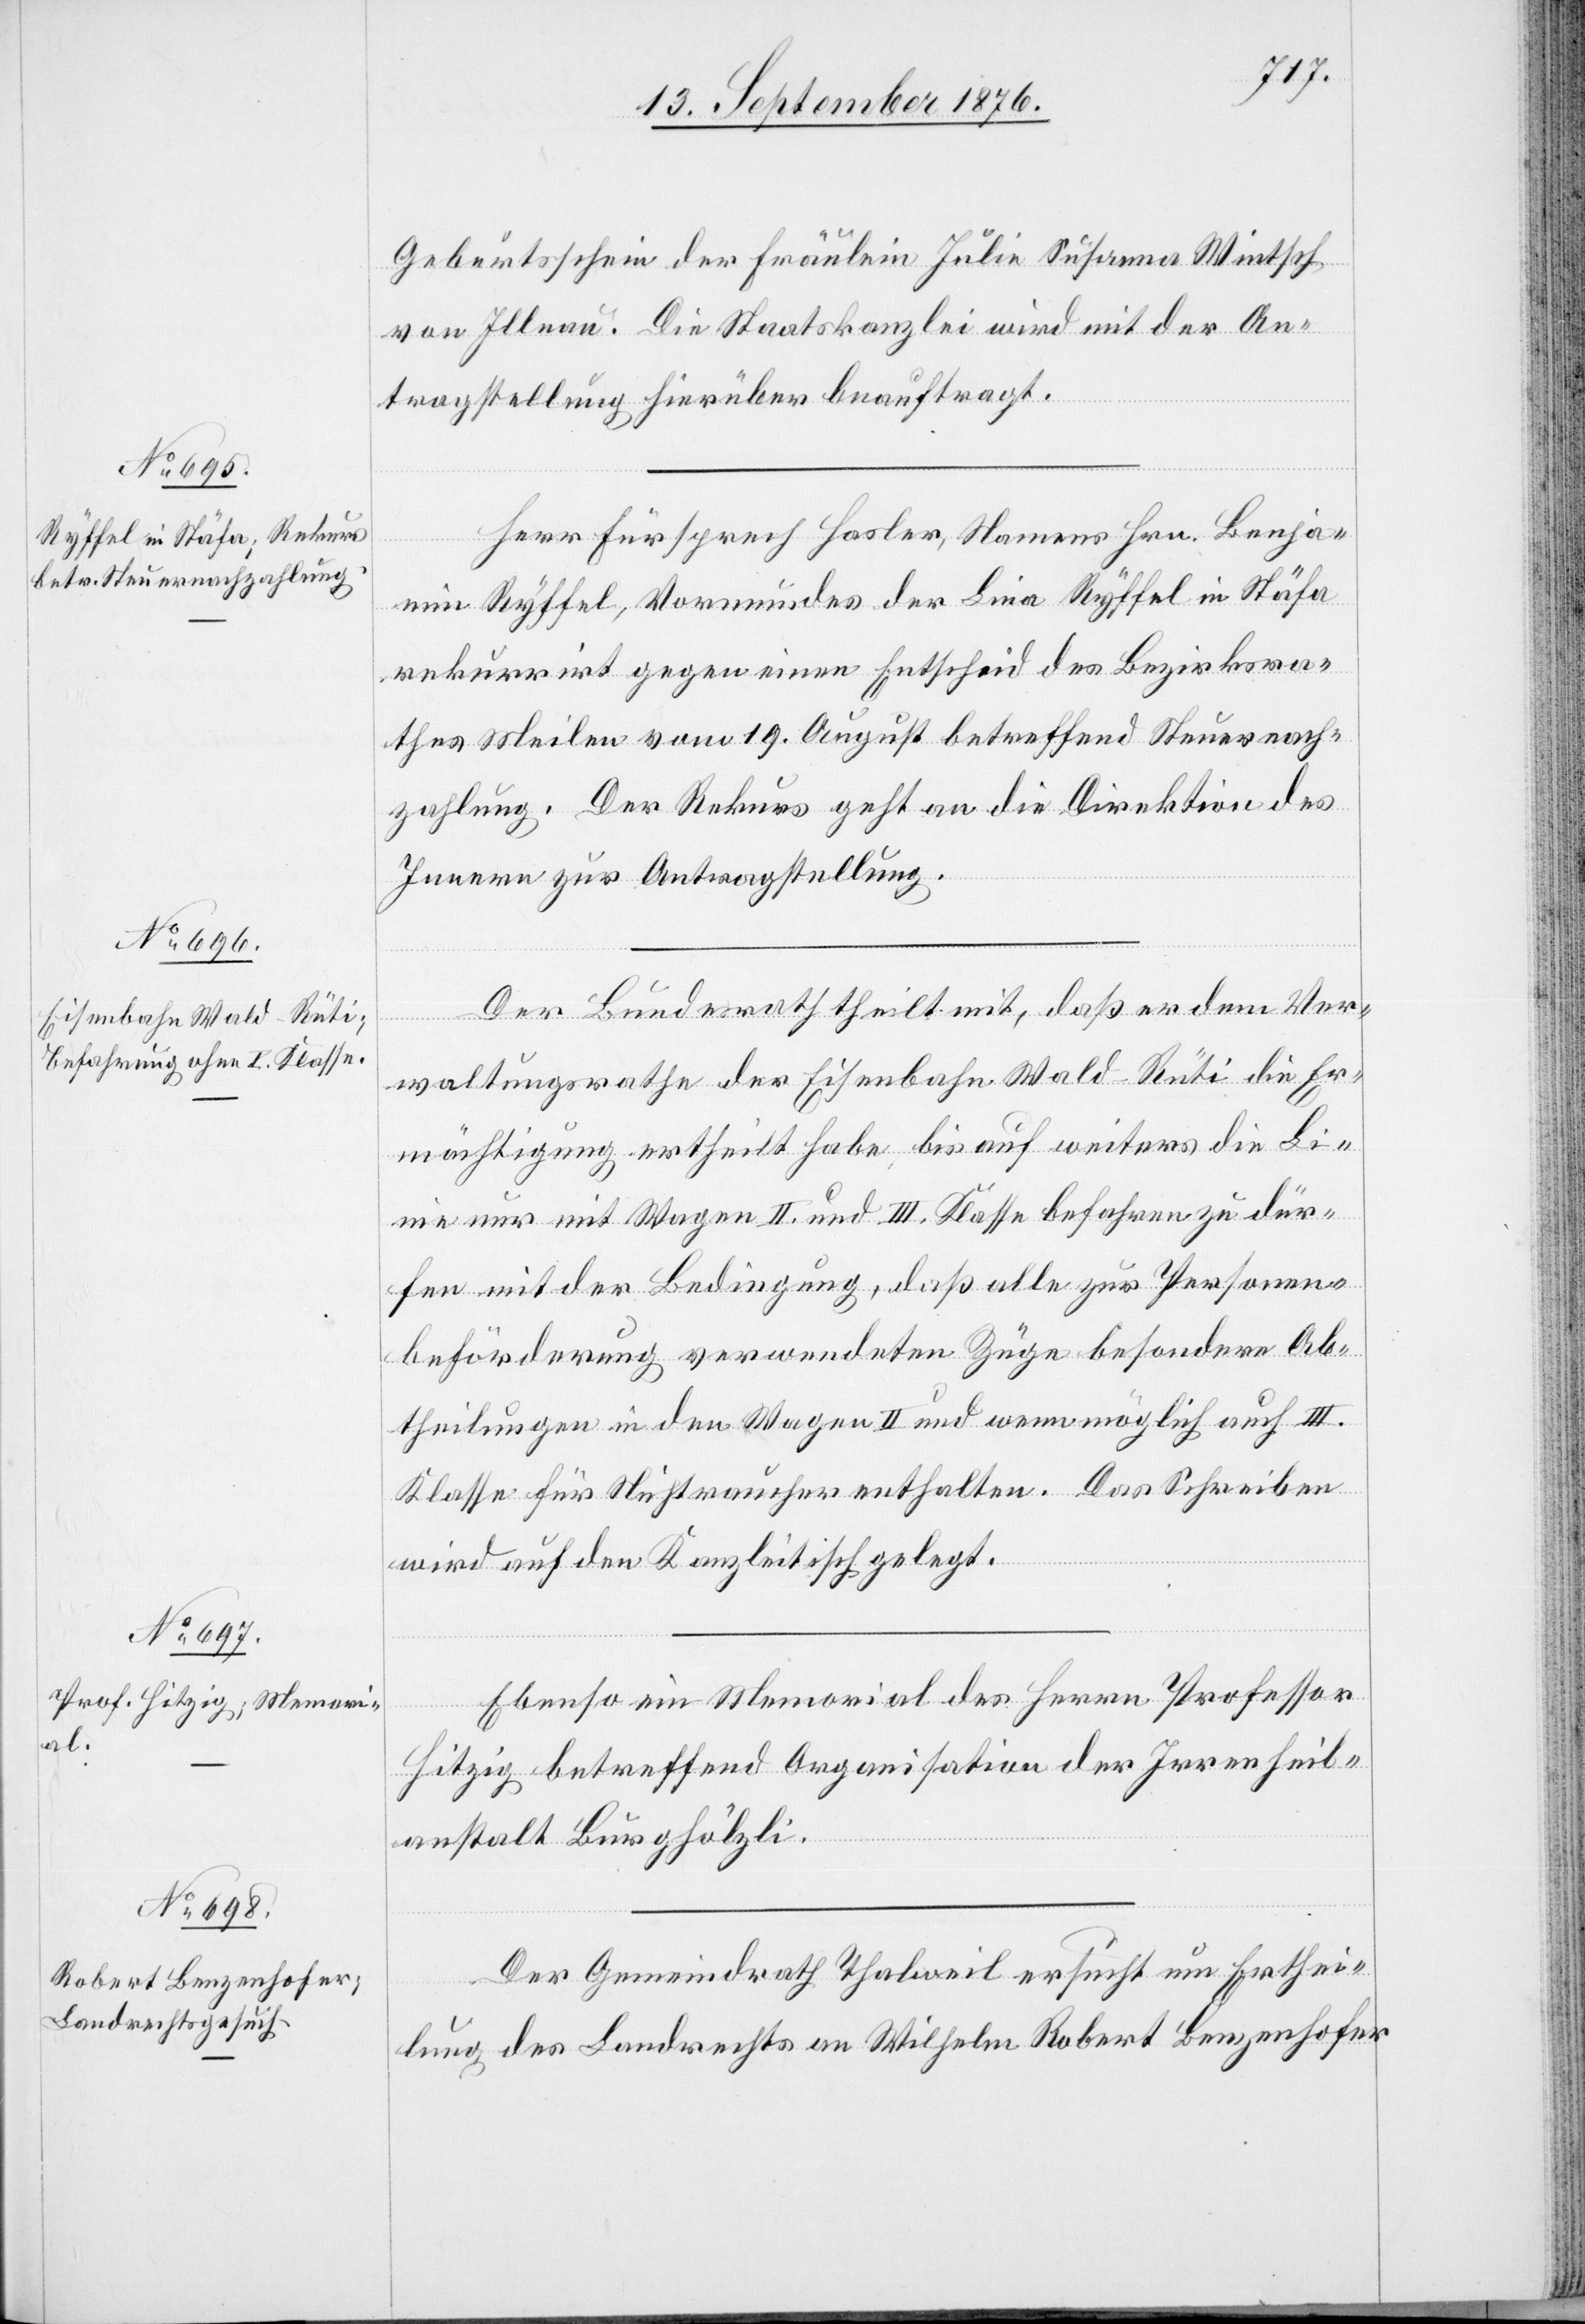
13. September 1876.]
Geburtsschein der [sic!] Fräulein Julie Susanna Wintsch
von Illnau. Die Staatskanzlei wird mit der An¬
tragstellung hierüber beauftragt.
Her Fürsprech Hasler, Namens Hrn. Benjamin
rekurrirt gegen einen Entscheid des Bezirksra¬
thes Meilen vom 19. August betreffend Steuernach¬
zahlung. Der Rekurs geht an die Direktion des
Innern zur Antragstellung.
Der Bundesrath theilt mit, daß er dem Ver¬
waltungsrathe der Eisenbahn Wald–Rüti die Er¬
mächtigung ertheilt habe, bis auf weiters die Li¬
nie nur mit Wagen II. und III. Klasse befahren zu dür¬
fen mit der Bedingung, daß alle zur Personen¬
beförderung verwendeten Züge besondere Ab¬
theilungen in den Wagen II. und wenn möglich auch III.
Klasse für Nichtraucher enthalten. Das Schreiben
wird auf den Kanzleitisch gelegt.
Ebenso ein Memorial des Herrn Professor
Hitzig betreffend Organisation der Irrenheil¬
anstalt Burghölzli.
Der Gemeindrath Thalweil ersucht um Erthei¬
lung Landrechts an Wilhelm Robert Benzenhofer